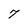
Character: 7